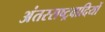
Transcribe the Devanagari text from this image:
अंतरराष्ट्रवादियों